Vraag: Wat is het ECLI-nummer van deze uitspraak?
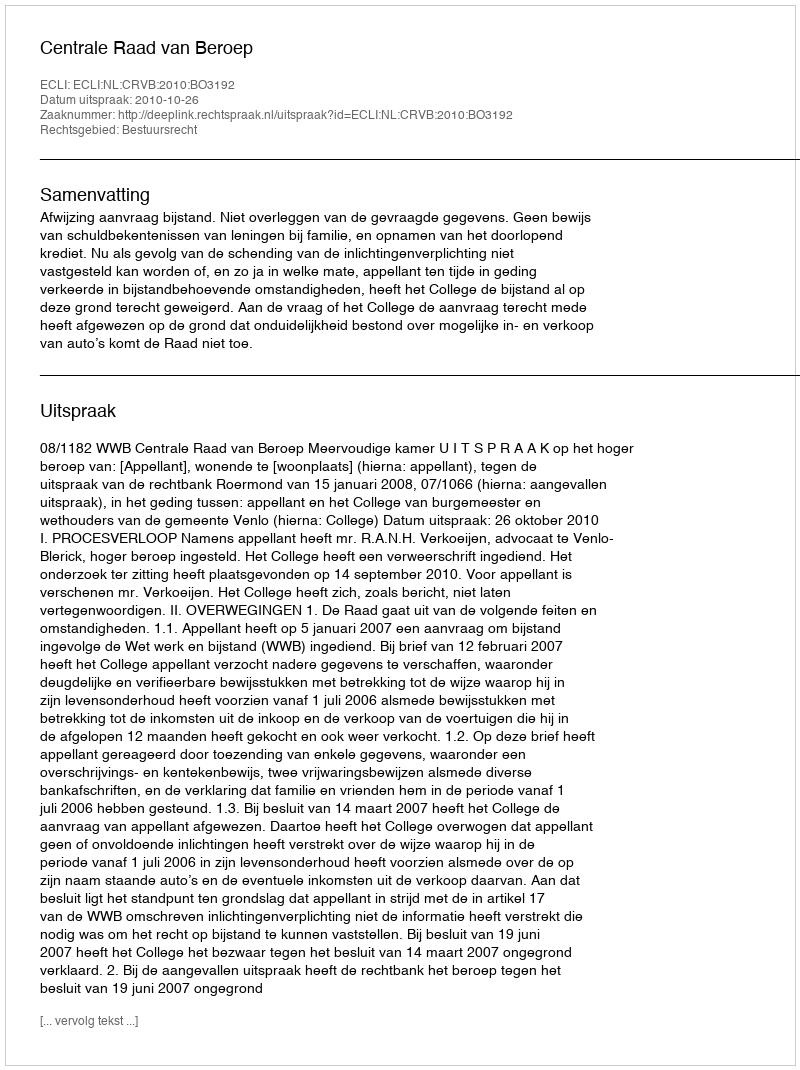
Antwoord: ECLI:NL:CRVB:2010:BO3192